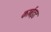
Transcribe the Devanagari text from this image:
कार्बइड